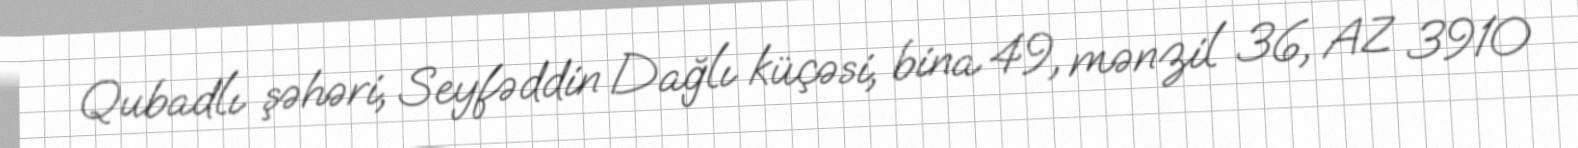
Qubadlı şəhəri, Seyfəddin Dağlı küçəsi, bina 49, mənzil 36, AZ 3910